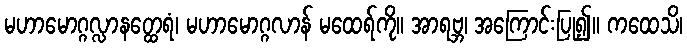
မဟာမောဂ္ဂလ္လာနတ္ထေရံ၊ မဟာမောဂ္ဂလာန် မထေရ်ကို။ အာရဗ္ဘ၊ အကြောင်းပြု၍။ ကထေသိ၊